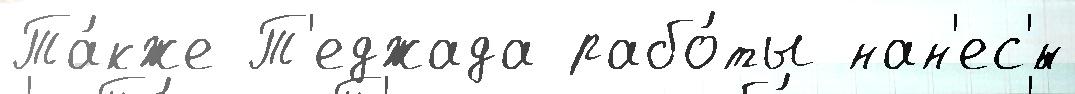
Та́кже Т'еджада рабо́ты нан'ес'́н